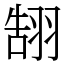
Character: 䎋